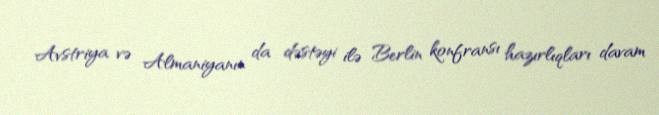
Avstriya və Almaniyanın da dəstəyi ilə Berlin konfransı hazırlıqları davam